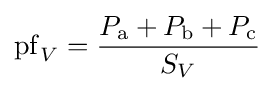
\mathrm {pf} _{V}={P_{\mathrm {a} }+P_{\mathrm {b} }+P_{\mathrm {c} } \over S_{V}}